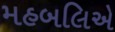
મહબલિએ